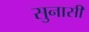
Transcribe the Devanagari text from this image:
सुनासी